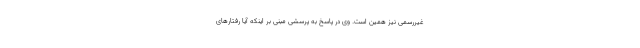
غیررسمی نیز همین است. وی در پاسخ به پرسشی مبنی بر اینکه آیا رفتارهای